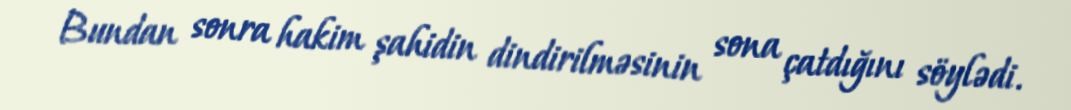
Bundan sonra hakim şahidin dindirilməsinin sona çatdığını söylədi.